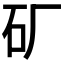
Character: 𬑹